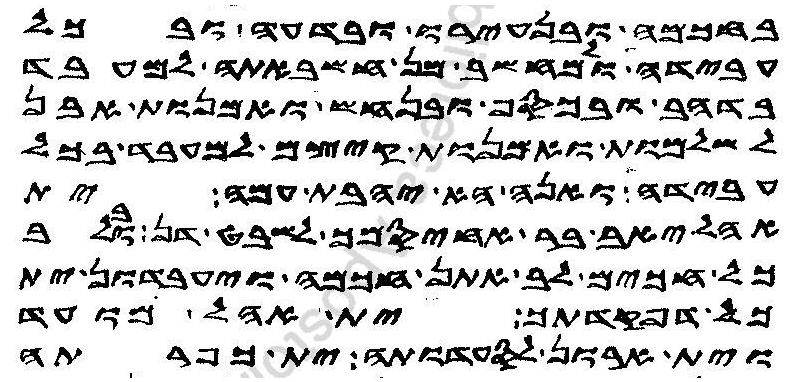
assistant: בחכמה ובנעירו ובדעה ובכל
עבידה ולמחשב מן חשבאתה למעבד
בדהב ובכסף ובנחש ואמנות אבן
לשלמות ואמנות קיצם למעבד בכל
עבידה ואנה הא יהבת עמה ית
אהליב בר אחיסמך לשבט דן ובלב
כל חכים לב אתן חכמה ויעבדון ית
כל דפקדתך ית אהל מועד
וית ארון לסעדותה וית כפרתה